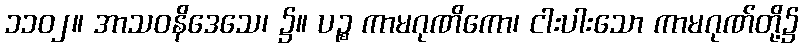
၁၁၀၂။ အာသဝနိဒေသေ၊ ၌။ ပဉ္စ ကာမဂုဏိကော၊ ငါးပါးသော ကာမဂုဏ်တို့၌